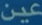
عين